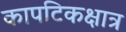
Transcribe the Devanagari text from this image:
कापटिकक्षात्र